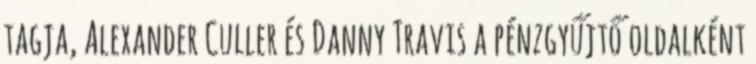
tagja, Alexander Culler és Danny Travis a pénzgyűjtő oldalként